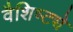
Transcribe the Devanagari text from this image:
वैशिष्‍ट्ये